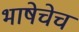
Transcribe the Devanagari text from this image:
भाषेचेच